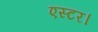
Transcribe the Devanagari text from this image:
एस्टर।